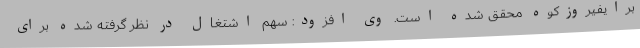
برایفیروزکوه محقق شده است. وی افزود: سهم اشتغال در نظر گرفته شده برای